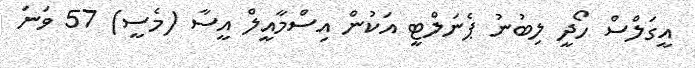
އީގަލްސް ހޯދީ ލިބުނު ޕެނަލްޓީ އަކުން އިސްމާއީލް އީސާ (މެސީ) 57 ވަނަ